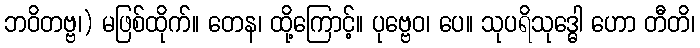
ဘဝိတဗ္ဗ၊) မဖြစ်ထိုက်။ တေန၊ ထို့ကြောင့်။ ပုဗ္ဗေဝ၊ ပေ။ သုပရိသုဒ္ဓေါ ဟော တီတိ၊